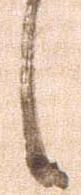
候